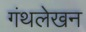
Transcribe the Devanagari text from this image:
गंथलेखन